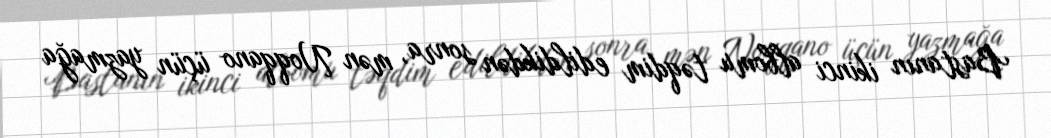
Bastanın ikinci albomu təqdim edildikdən sonra, mən Noqqano üçün yazmağa